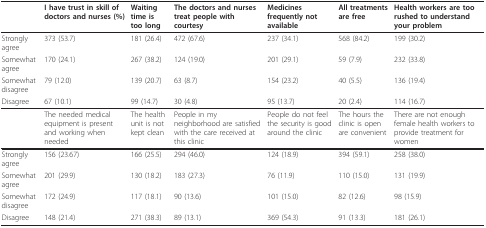
|  | I have trust in skill of doctors and nurses (%) | Waiting time is too long | The doctors and nurses treat people with courtesy | Medicines frequently not available | All treatments are free | Health workers are too rushed to understand your problem |
 | --- | --- | --- | --- | --- | --- | --- |
 | Strongly agree | 373 (53.7) | 181 (26.4) | 472 (67.6) | 237 (34.1) | 568 (84.2) | 199 (30.2) |
 | Somewhat agree | 170 (24.1) | 267 (38.2) | 124 (19.0) | 201 (29.1) | 59 (7.9) | 232 (33.8) |
 | Somewhat disagree | 79 (12.0) | 139 (20.7) | 63 (8.7) | 154 (23.2) | 40 (5.5) | 136 (19.4) |
 | Disagree | 67 (10.1) | 99 (14.7) | 30 (4.8) | 95 (13.7) | 20 (2.4) | 114 (16.7) |
 |  | The needed medical equipment is present and working when needed | The health unit is not kept clean | People in my neighborhood are satisfied with the care received at this clinic | People do not feel the security is good around the clinic | The hours the clinic is open are convenient | There are not enough female health workers to provide treatment for women |
 | Strongly agree | 156 (23.67) | 166 (25.5) | 294 (46.0) | 124 (18.9) | 394 (59.1) | 258 (38.0) |
 | Somewhat agree | 201 (29.9) | 130 (18.2) | 183 (27.3) | 76 (11.9) | 110 (15.0) | 131 (19.9) |
 | Somewhat disagree | 172 (24.9) | 117 (18.1) | 90 (13.6) | 101 (15.0) | 82 (12.6) | 98 (15.9) |
 | Disagree | 148 (21.4) | 271 (38.3) | 89 (13.1) | 369 (54.3) | 91 (13.3) | 181 (26.1) |